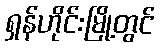
ရှန်ဟိုင်းမြို့တွင်